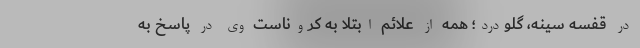
در قفسه سینه، گلودرد؛ همه از علائم ابتلا به کروناست وی در پاسخ به